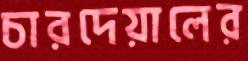
চারদেয়ালের